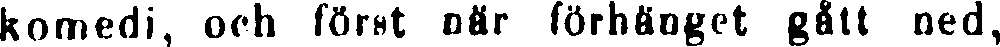
komedi, och först när förhänget gått ned,